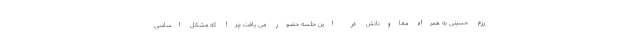
رزم حسینی به همراه معاونانش در این جلسه حضور می یافت چرا که مشکل اساسی